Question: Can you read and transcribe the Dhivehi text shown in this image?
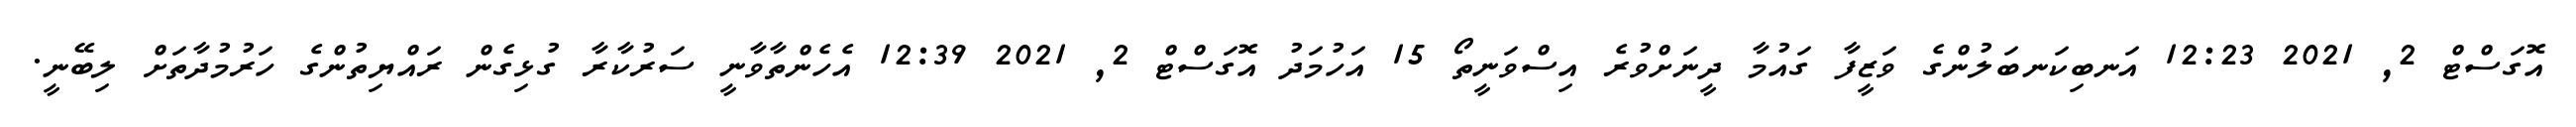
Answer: އޮގަސްޓް 2, 2021 12:23 އަނބިކަނބަލުންގެ ވަޒީފާ ގައުމާ ދީނަށްވުރެ އިސްވަނީތޯ 15 އަހުމަދު އޮގަސްޓް 2, 2021 12:39 އެހެންތާވާނީ ސަރުކާރާ ގުޅިގެން ރައްޔިތުންގެ ހަރުމުދާތަށް ލިބޭނީ.